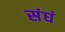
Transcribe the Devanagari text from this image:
संघं